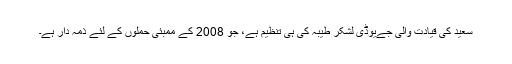
سعید کی قیادت والی جےیوڈی لشکر طیبہ کی ہی تنظیم ہے، جو 2008 کے ممبئی حملوں کے لئے ذمہ دار ہے۔